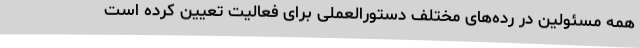
همه مسئولین در رده‌های مختلف دستورالعملی برای فعالیت تعیین کرده است